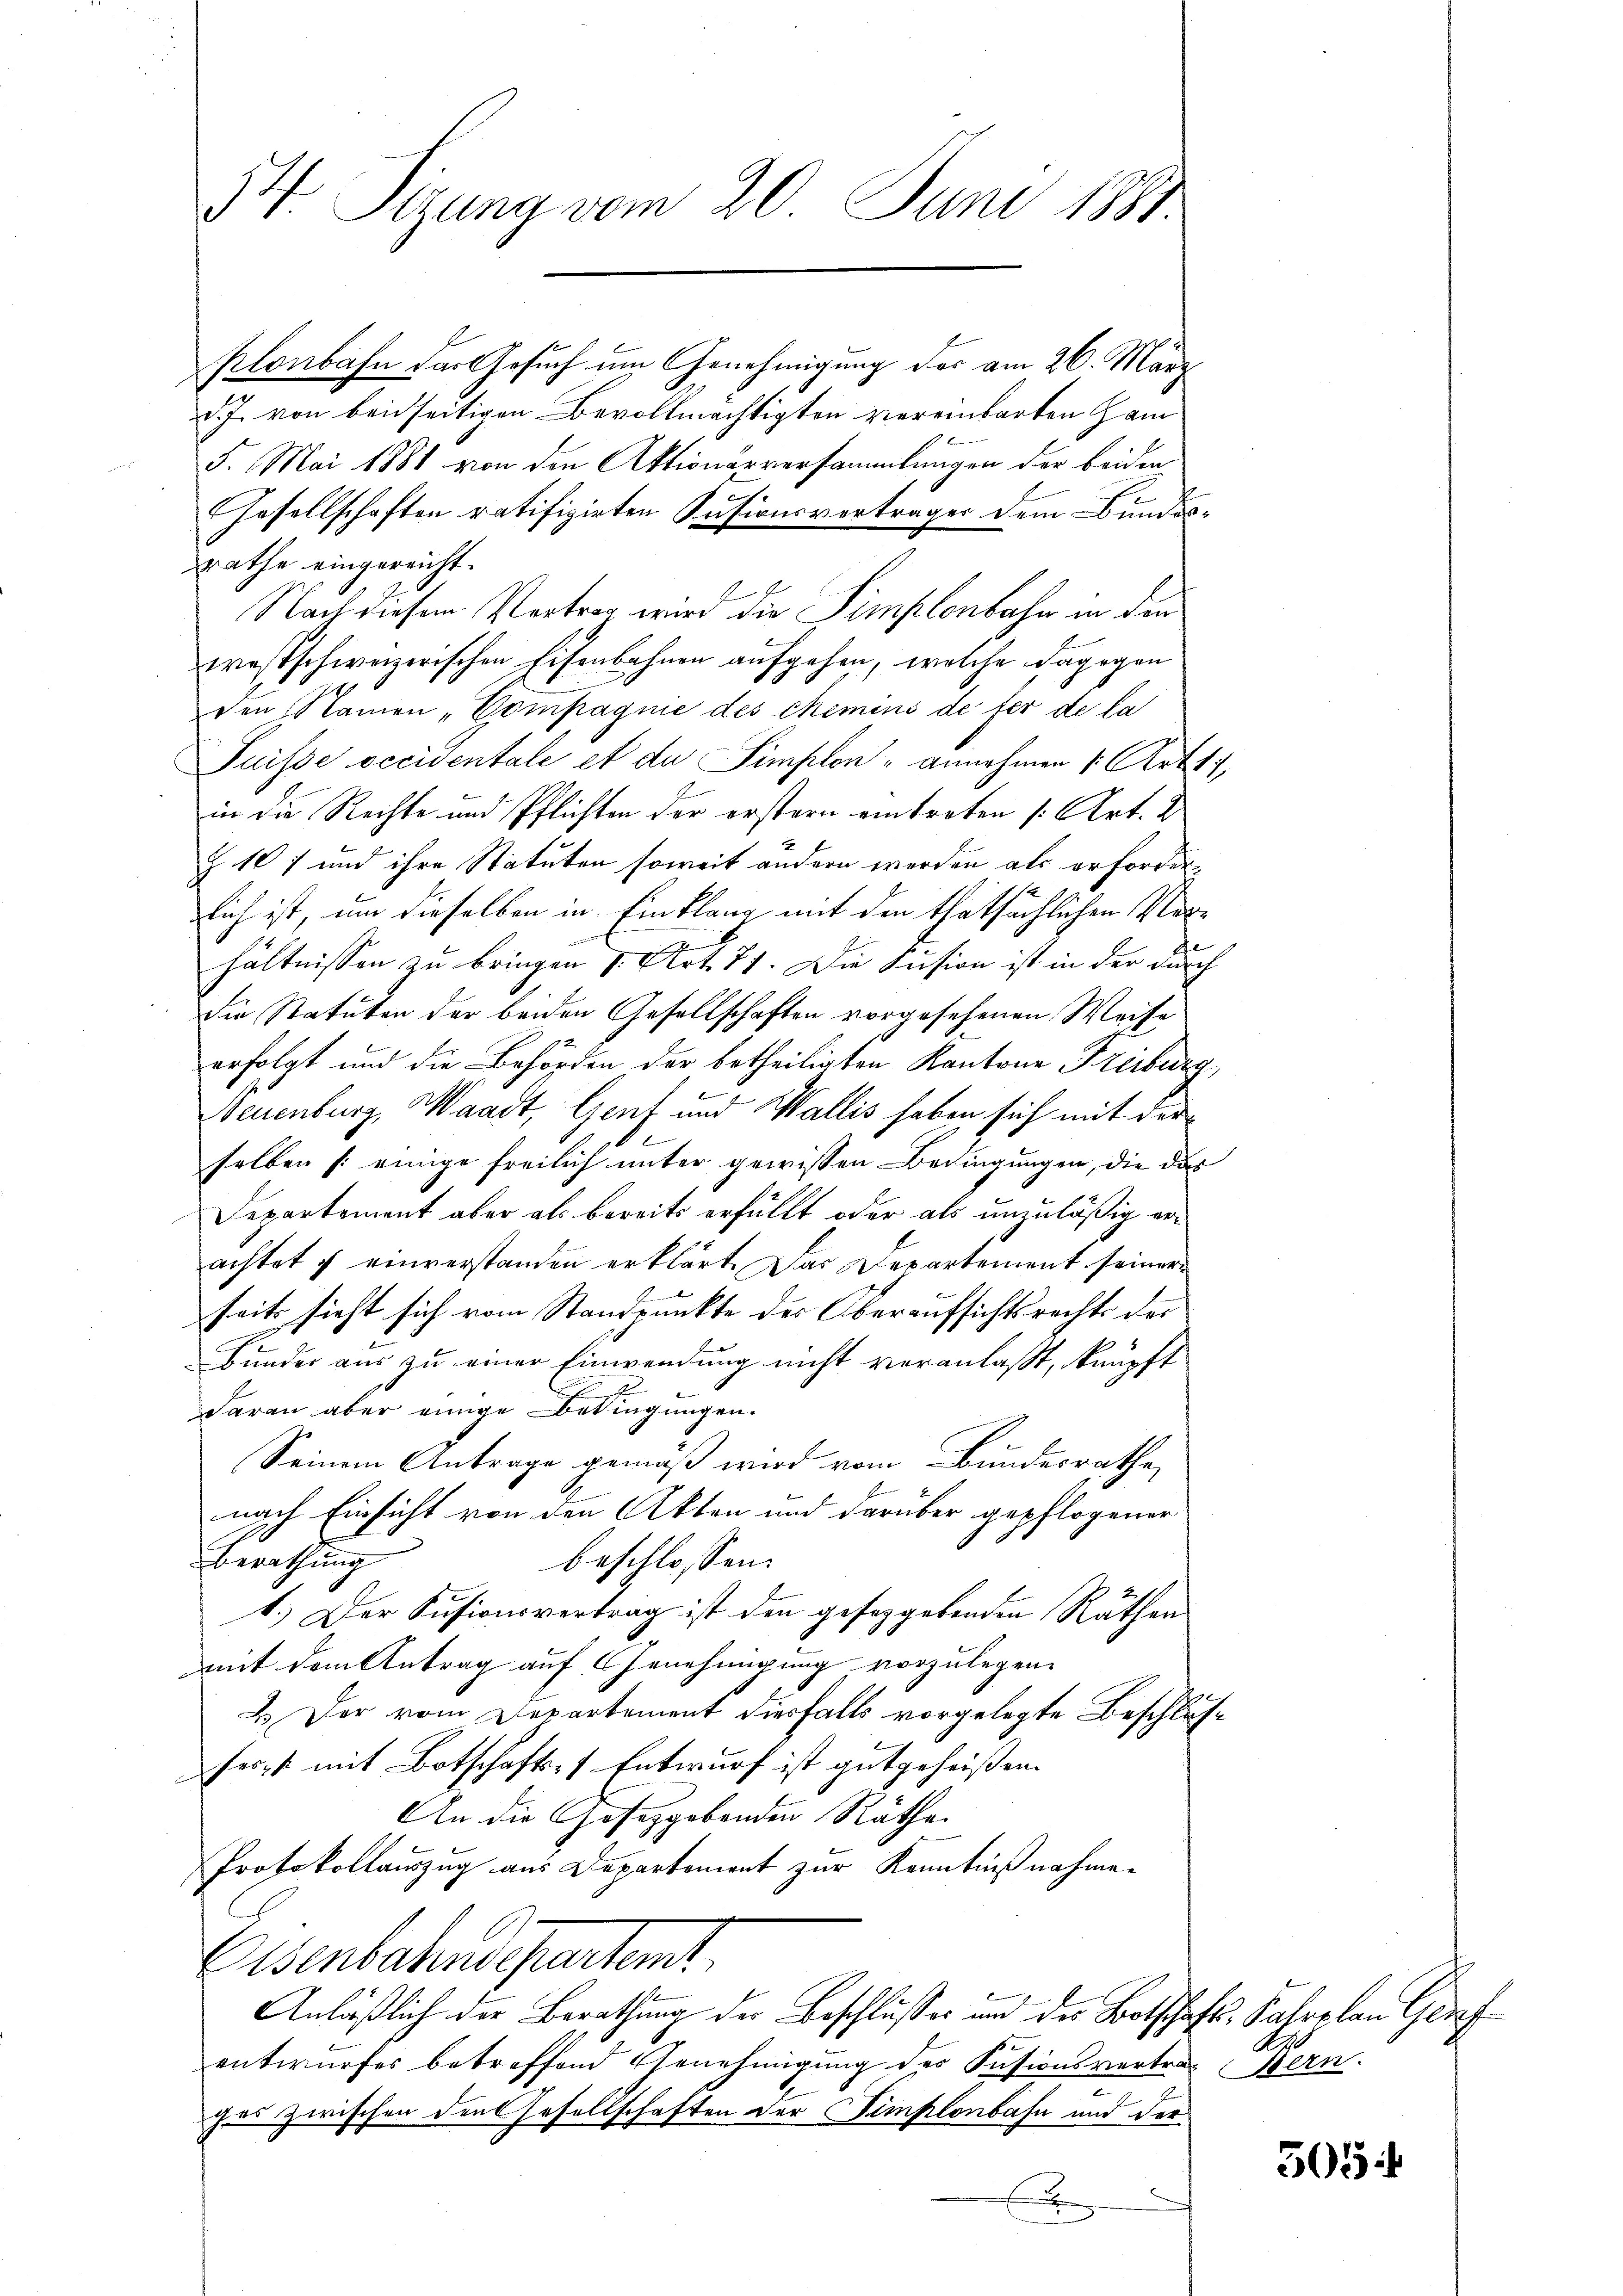
54. Sirung vom 20. Juni 1881.

Klonbahn das Gesuch um Genehmigung des am 26. März
d.J. von beidseitigen Bevollmächtigten vereinbarten Ham
5. Mai 1881 von den Aktionärversammlungen der beiden
Gesellschaften ratifizirten Kasionsverträger dem Bundes-
rathe eingereicht.
Nach diesem Vertrag wird die Simplenbahn in den
westschweizerischen Eisenbahnen aufgehen, welche dagegen
den Namen „Compagnie des chemins deter de la
Puisse occidentale et der Simplon - annehmen 1. Art.
in die Rechte und Pflichten der erstern eintreten [Art. 2
Z. 107 und ihre Statuten soweit andern werden als erfordersich ist, um dieselben in Einklang mit den thatsächlichen Vorhältnissen zu bringen v. Art. 71. Die Fusion ist in der durch
die Statuten der beiden Gesellschaften vorgesehenen Weise
erfolgt und die Behörden der betheiligten Kantone Freibe
b
Neuenburg, Waadt, Gent und Wallis haben sich mit der
e
selben (einige freilich unter gewissen Bedingungen, die das
Departement aber als bereits erfüllt oder als unzuläßig erachtet u einverstanden erklärt. Das Departement seiner
seits sieht sich vom Standpunkte der Oberaufsichtsrechts der
Bunder aus zu einer Einwendung nicht veranlaßt, knüpft
darau aber einige Bedingungen.
Seinem Antrage gemäß wird vom Bundesrathe,
nach Einsicht von den Akten und darüber gepflogener
Berathung
beschlossen:
1.) Der Susionsvertrag ist den geseggebenden Räthen
mit dem Antrag auf Genehmigung vorzulegen.
2.) Der vom Departement diesfalls vorgelegte Beschlag
ser, mit Botschafts-Entwurf ist gutgeheißen.
An die Gesetzgebenden Räthe.
Protokollauszug aus Departement zur Kenntnißnahme¬
Eisenbahns Partemt.
Anläßlich der Berathung der Beschlußes und des Botschaft, Jahrelan Genf
entwurfes betreffend Genehmigung des Fusionsvertrag Bern.
ges zwischen den Gesellschaften der Simplonbahn und der
E

An

505: